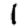
Digit: 1